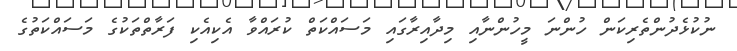
ނުކުޅެދުންތެރިކަން ހުންނަ މީހުންނާއި މިދާއިރާގައި މަސައްކަތް ކުރައްވާ އެކިއެކި ފަރާތްތަކުގެ މަސައްކަތުގެ